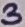
Text: 3